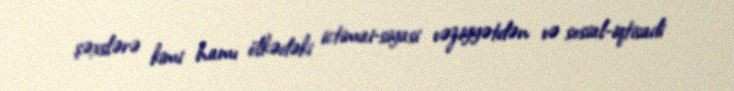
şəxslərə kimi hamı ölkədəki ictimai-siyasi vəziyyətdən və sosial-iqtisadi